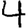
Digit: 4